Physiological action of certain drugs in tablet form - Number 52A
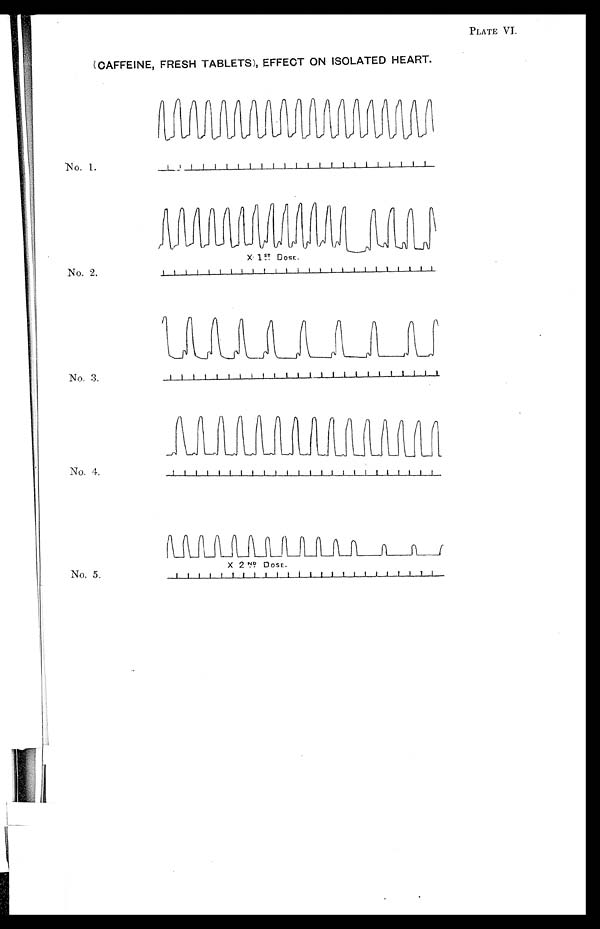
PLATE VI.
(CAFFEINE, FRESH TABLETS), EFFECT ON ISOLATED HEART.
No. 1.
No. 2.
No. 3.
No. 4.
No. 5.